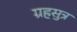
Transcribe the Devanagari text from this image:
ग्रहसुत्र